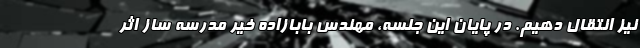
نیز انتقال دهیم. در پایان این جلسه، مهندس بابازاده خیر مدرسه ساز اثر